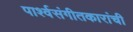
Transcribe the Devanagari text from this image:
पार्श्वसंगीतकारांची